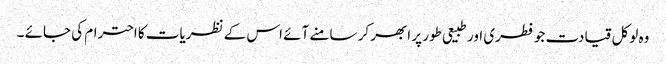
وہ لوکل قیادت جو فطری اور طبیعی طور پر ابھر کر سامنے آئے اس کے نظریات کا احترام کی جائے ۔